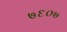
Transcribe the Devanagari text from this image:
७६०७